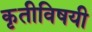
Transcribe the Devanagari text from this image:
कृतीविषयी